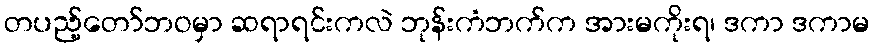
တပည့်တော်ဘဝမှာ ဆရာရင်းကလဲ ဘုန်းကံဘက်က အားမကိုးရ၊ ဒကာ ဒကာမ